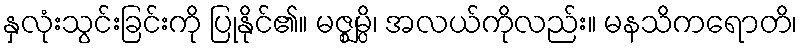
နှလုံးသွင်းခြင်းကို ပြုနိုင်၏။ မဇ္ဈမ္ပိ၊ အလယ်ကိုလည်း။ မနသိကရောတိ၊